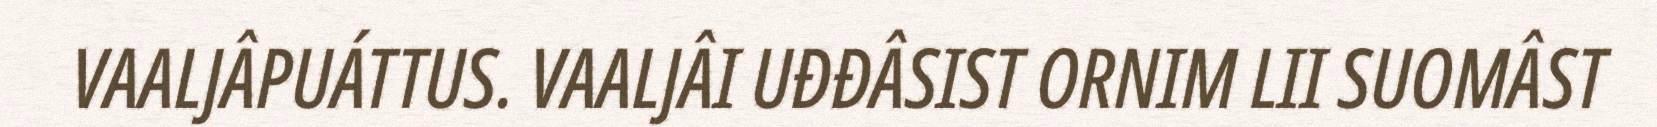
VAALJÂPUÁTTUS. VAALJÂI UĐĐÂSIST ORNIM LII SUOMÂST